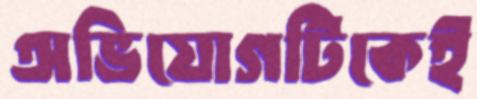
অভিযোগটিকেই